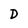
Character: D